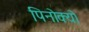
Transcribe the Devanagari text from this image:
पिनोक्यो